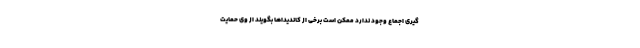
گیری اجماع وجود ندارد ممکن است برخی از کاندیداها بگویند از وی حمایت